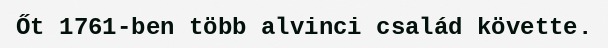
Őt 1761-ben több alvinci család követte.